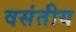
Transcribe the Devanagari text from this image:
वसंतीय